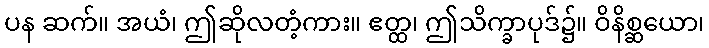
ပန ဆက်။ အယံ၊ ဤဆိုလတံ့ကား။ ဧတ္ထ၊ ဤသိက္ခာပုဒ်၌။ ဝိနိစ္ဆယော၊